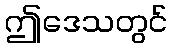
ဤဒေသတွင်